65_HS1-834228961_62-HQ-83894_Section_9
Agency: FBI
Page 190
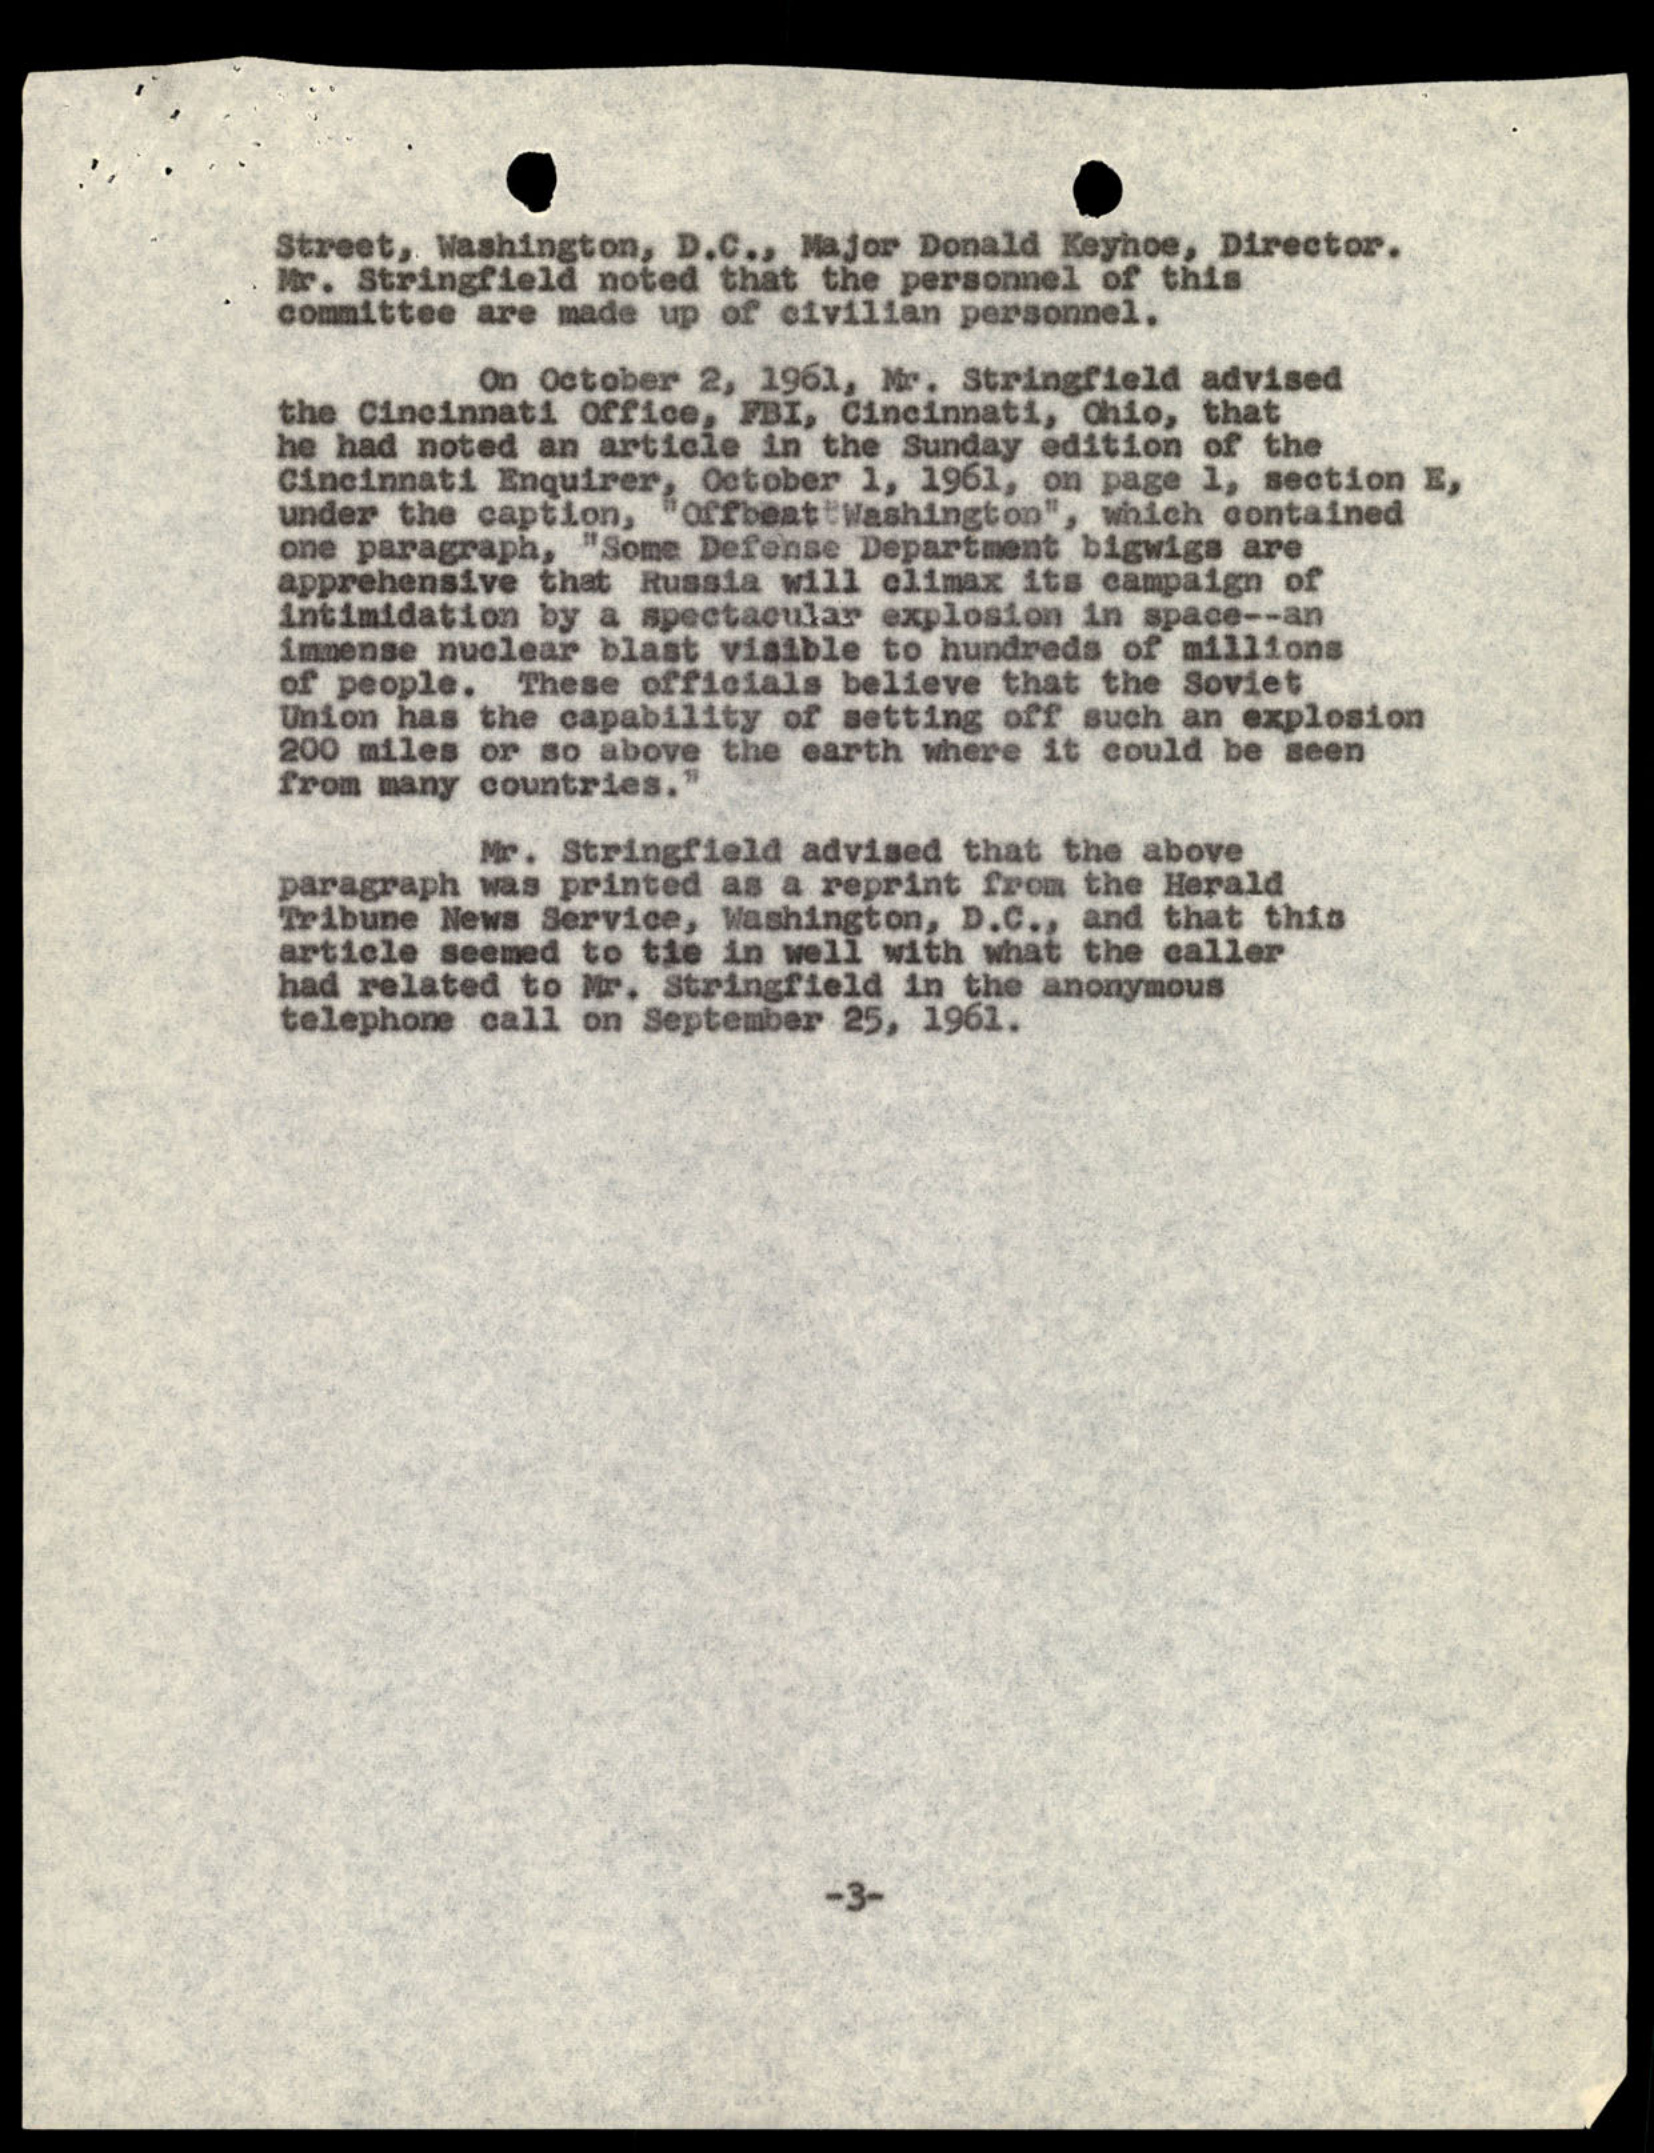